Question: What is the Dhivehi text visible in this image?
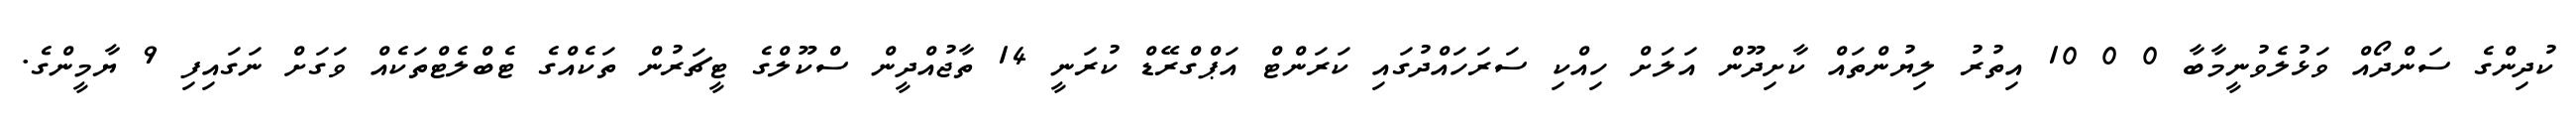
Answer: ކުދިންގެ ސަންދޯއް ވަޅުލެވުނީމާބާ 0 0 10 އިތުރު ލިޔުންތައް ކާށިދޫން އަލަށް ހިއްކި ސަރަހައްދުގައި ކަރަންޓް އަޕްގްރޭޑް ކުރަނީ 14 ތާޖުއްދީން ސްކޫލްގެ ޓީޗަރުން ތަކެއްގެ ޓެބްލެޓްތަކެއް ވަގަށް ނަގައިފި 9 ޔާމީންގެ.